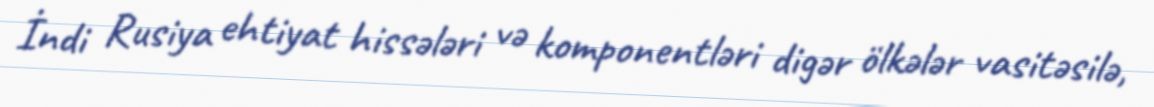
İndi Rusiya ehtiyat hissələri və komponentləri digər ölkələr vasitəsilə,